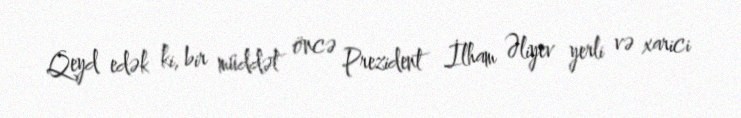
Qeyd edək ki, bir müddət öncə Prezident İlham Əliyev yerli və xarici